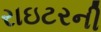
રાઇટરની